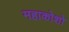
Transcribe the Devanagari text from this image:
महाकोशो